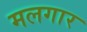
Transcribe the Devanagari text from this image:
मलगार